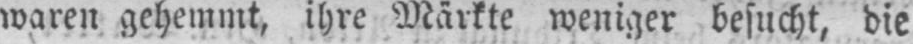
waren gehemmt, ihre Märkte weniger besucht, die